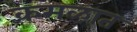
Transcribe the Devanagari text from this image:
कमळात